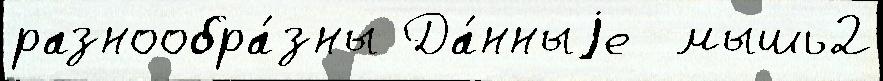
разнообра́зны Да́нныjе  мышь2